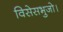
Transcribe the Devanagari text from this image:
विसेसभुजो।